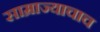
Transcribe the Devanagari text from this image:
साम्राज्याचाच